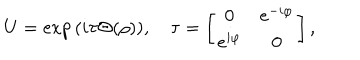
U = \exp \, ( i \tau \Theta ( \rho ) ) , \quad \tau = \left[ \begin{matrix} { { 0 } } & { { e ^ { - i \varphi } } } \\ { { e ^ { i \varphi } } } & { { 0 } } \\ \end{matrix} \right] ,